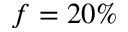
f = 2 0 \%